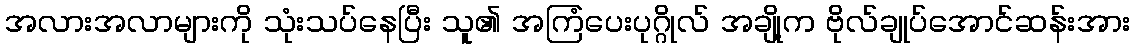
အလားအလာများကို သုံးသပ်နေပြီး သူ၏ အကြံပေးပုဂ္ဂိုလ် အချို့က ဗိုလ်ချုပ်အောင်ဆန်းအား